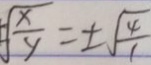
\pm \sqrt { \frac { x } { y } } = \pm \sqrt { \frac { 4 } { 1 } }